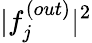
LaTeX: \lvert f_{j}^{(out)}\rvert^{2}